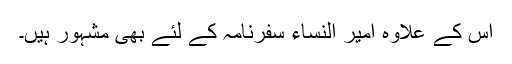
اس کے علاوہ امیر النساء سفرنامہ کے لئے بھی مشہور ہیں۔